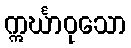
ဣင်္ဃာဝုသော